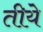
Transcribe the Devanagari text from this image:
तीये